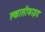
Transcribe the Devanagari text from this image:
क्लासीफाइड